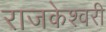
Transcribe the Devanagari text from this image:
राजकेश्‍वरी